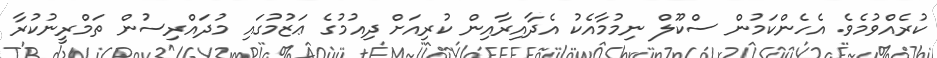
ކުރެއްވުމެވެ. އެހެންކަމުން ސްކޫލް ނިމުމާއެކު އެދާއިރާއިން ކުރިއަށް ދިއުމުގެ ޢަޒުމުގައި މުދައްރިސުން ތަމްރީނުކުރާ